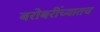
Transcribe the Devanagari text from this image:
बरोबरींच्यातच